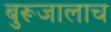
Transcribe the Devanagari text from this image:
बुरूजालाच